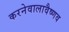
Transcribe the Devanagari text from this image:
करनेवालावैष्णव